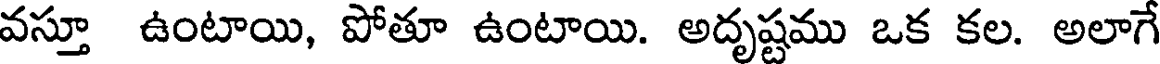
వస్తూ ఉంటాయి, పోతూ ఉంటాయి. అదృష్టము ఒక కల. అలాగే